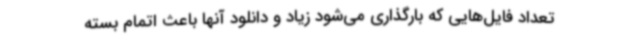
تعداد فایل‌هایی که بارگذاری می‌شود زیاد و دانلود آنها باعث اتمام بسته